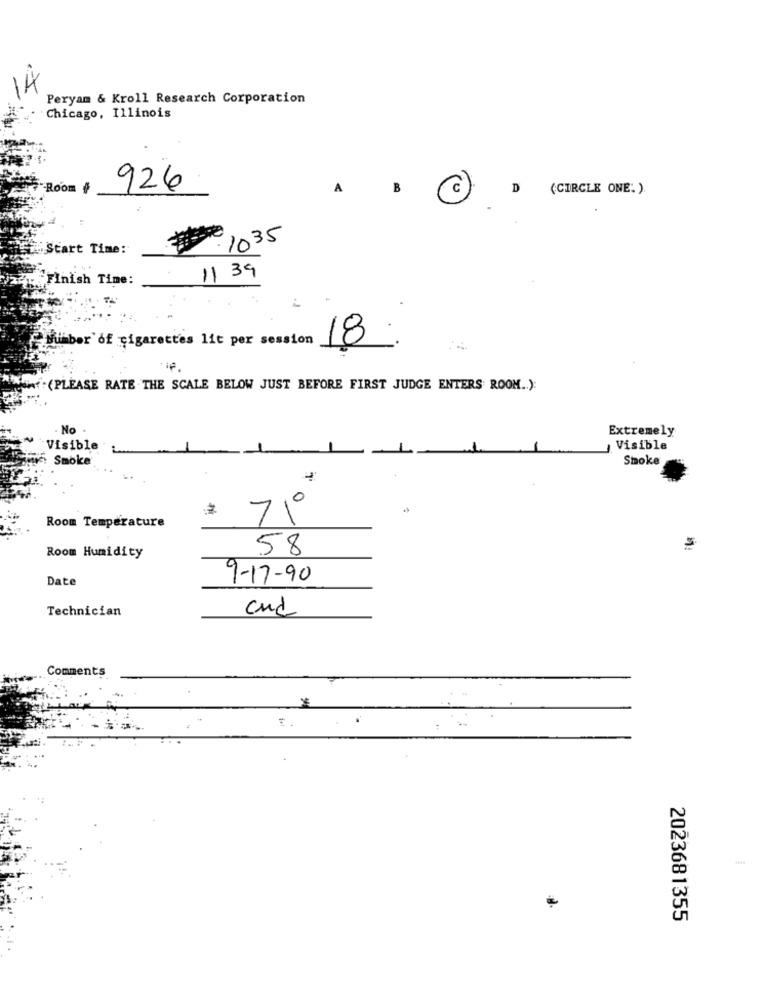
Peryam & Kroll Research Corporation
Chicago, Illinois
Room #
926
A
B
(C)
D (CIRCLE ONE. ).
·1035
Start Time:
11 39
'Finish Time:
umber of cigarettes lit per session
18
(PLEASE RATE THE SCALE BELOW JUST BEFORE FIRST JUDGE ENTERS ROOM .. ):
No
Extremely
Visible
Visible
Smoke
Smoke
7º
Room Temperature
58
Room Humidity
Date
9-17-90
Technician
and
Comments
2023681355